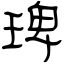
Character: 琕